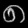
Digit: ၈